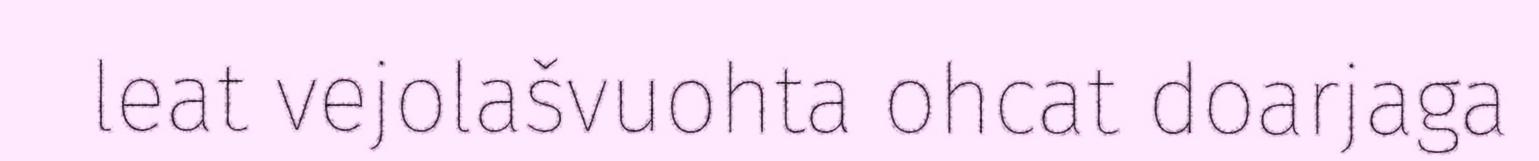
leat vejolašvuohta ohcat doarjaga